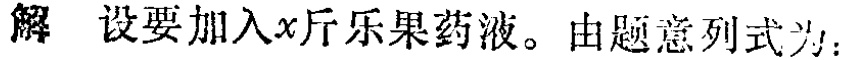
解 设要加入\(x\)斤乐果药液。由题意列式为：